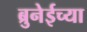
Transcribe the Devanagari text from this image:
ब्रुनेईच्या